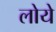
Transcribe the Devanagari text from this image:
लोये